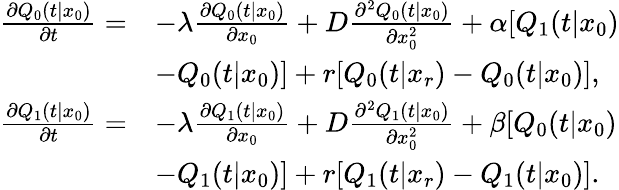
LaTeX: \begin{array}{rl}{\frac{\partial Q_{0}(t|x_{0})}{\partial t}=}&{-\lambda\frac{\partial Q_{0}(t|x_{0})}{\partial x_{0}}+D\frac{\partial^{2}Q_{0}(t|x_{0})}{\partial x_{0}^{2}}+\alpha[Q_{1}(t|x_{0})}\\ &{-Q_{0}(t|x_{0})]+r[Q_{0}(t|x_{r})-Q_{0}(t|x_{0})],}\\ {\frac{\partial Q_{1}(t|x_{0})}{\partial t}=}&{-\lambda\frac{\partial Q_{1}(t|x_{0})}{\partial x_{0}}+D\frac{\partial^{2}Q_{1}(t|x_{0})}{\partial x_{0}^{2}}+\beta[Q_{0}(t|x_{0})}\\ &{-Q_{1}(t|x_{0})]+r[Q_{1}(t|x_{r})-Q_{1}(t|x_{0})].}\end{array}